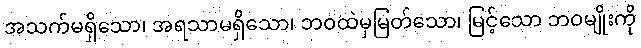
အသက်မရှိသော၊ အရသာမရှိသော၊ ဘဝထဲမှမြတ်သော၊ မြင့်သော ဘဝမျိုးကို